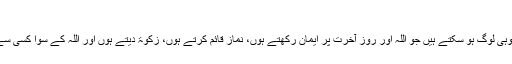
‘‘(تدبرقرآن۳/ ۵۵۰)
امین احسن اصلاحی مساجد الٰہی کے انتظام کرنے والے تو بس وہی لوگ ہو سکتے ہیں جو اللہ اور روز آخرت پر ایمان رکھتے ہوں، نماز قائم کرتے ہوں، زکوٰۃ دیتے ہوں اور اللہ کے سوا کسی سے نہ ڈرتے ہوں، یہ لوگ توقع ہے کہ راہ یاب ہونے والے بنیں۔